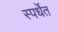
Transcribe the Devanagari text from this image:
स्पर्धॆत